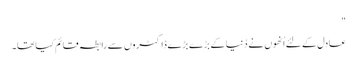
"
عادل کے لئے اُنھوں نے دُنیا کے بڑے بڑے ڈاکٹروں سے رابطہ قائم کیا تھا۔